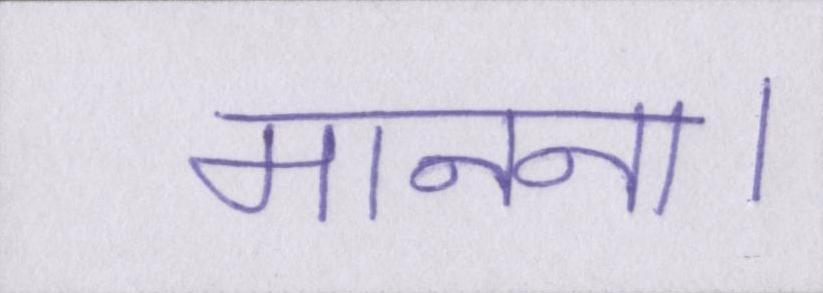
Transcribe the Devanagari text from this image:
मानना।